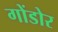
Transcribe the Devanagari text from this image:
गोंडोर